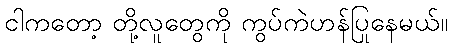
ငါကတော့ တို့လူတွေကို ကွပ်ကဲဟန်ပြုနေမယ်။